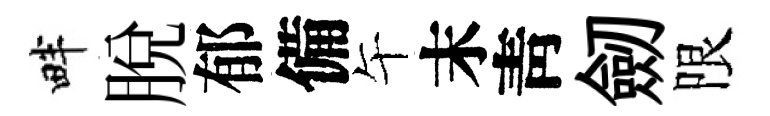
畔脱郁備午末靑劒限